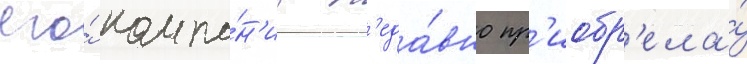
его́ компа́н'иа н'еда́вно пр'иобр'ела́